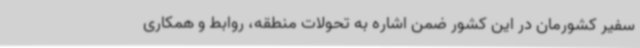
سفیر کشورمان در این کشور ضمن اشاره به تحولات منطقه، روابط و همکاری